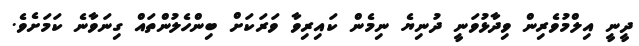
ދީނީ އިލްމުވެރިން ވިދާޅުވަނީ ދުނިޔެ ނިމެން ކައިރިވާ ވަރަކަށް ބިންހެލުންތައް ގިނަވާނެ ކަމަށެވެ.